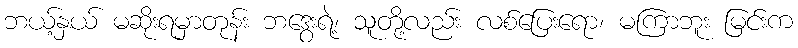
ဘယ့်နှယ် မဆိုးရမှာတုန်း ဘဒွေးရဲ့၊ သူတို့လည်း လစ်ပြေးရော၊ မကြာဘူး မြင်းက